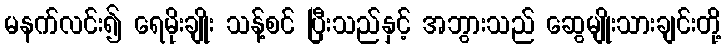
မနက်လင်း၍ ရေမိုးချိုး သန့်စင် ပြီးသည်နှင့် အဘွားသည် ဆွေမျိုးသားချင်းတို့